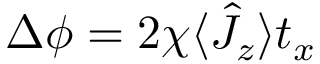
\Delta \phi = 2 \chi \langle \hat { J } _ { z } \rangle t _ { x }